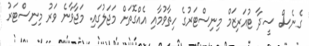
ގެނެސް ސީދާ ޓުއަރިޒަމް މިނިސްޓަރުގެ ހިތާވުމާއި އެއްގޮތަށް މަޖަލުގައި. މަޖާވާނެ ވަރު މިނިސްޓަރު